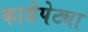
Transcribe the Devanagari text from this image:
काडेपेट्या